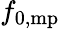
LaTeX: f_{\mathrm{0,mp}}